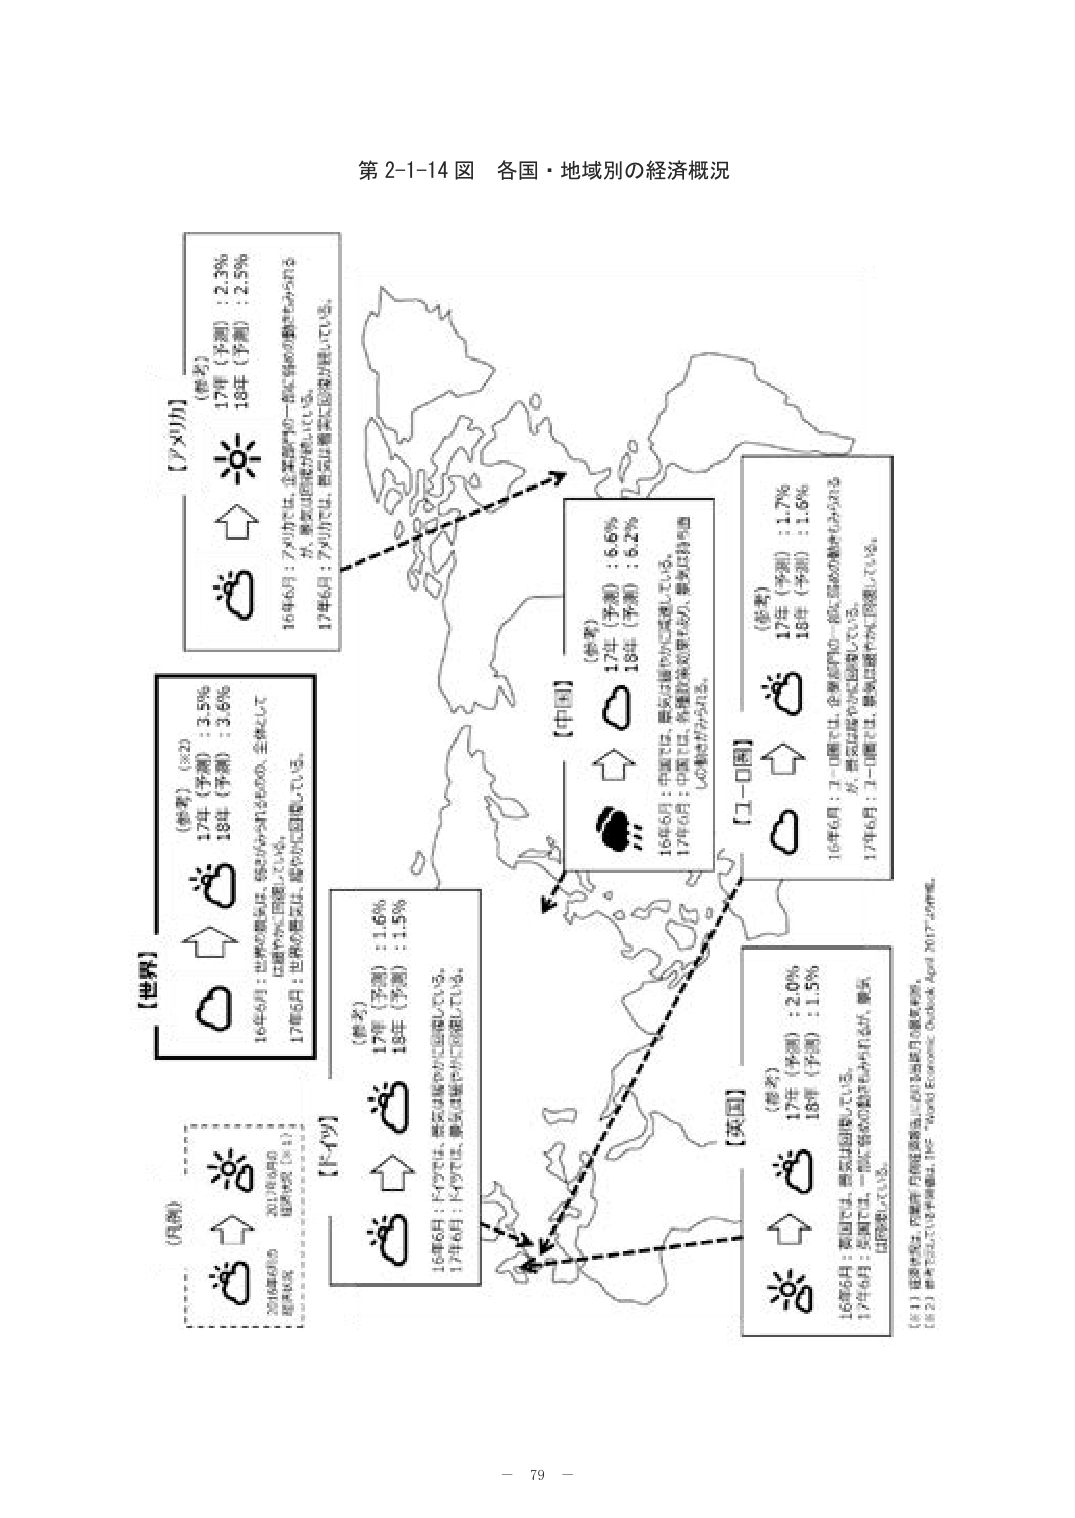
第2-1-14図 各国・地域別の経済概況

【アメリカ】
（参考）
17年（予測）：2.3％
18年（予測）：2.5％
16年6月：アメリカでは、企業部門や一般世帯の景気拡大がみられるが、景気は回復が続いている。
17年6月：アメリカでは、景気は順調に回復が続いている。

【世界】
（参考）（※2）
17年（予測）：3.5％
18年（予測）：3.6％
16年6月：世界の景気は、緩やかに拡大の動き、全体としては緩やかに回復している。
17年6月：世界の景気は、緩やかに回復している。

【ドイツ】
（参考）
17年（予測）：1.6％
18年（予測）：1.5％
16年6月：ドイツでは、景気は緩やかに回復している。
17年6月：ドイツでは、景気は緩やかに回復している。

【中国】
（参考）
17年（予測）：6.6％
18年（予測）：6.2％
16年6月：中国では、景気は緩やかに回復している。
17年6月：中国では、各種政策の効果により、景気は持ち直しの動きがみられる。

【ユーロ圏】
（参考）
17年（予測）：1.7％
18年（予測）：1.6％
16年6月：ユーロ圏では、企業部門や一般世帯の景気拡大がみられるが、景気は緩やかに回復している。
17年6月：ユーロ圏では、景気は緩やかに回復している。

【英国】
（参考）
17年（予測）：2.0％
18年（予測）：1.5％
16年6月：英国では、景気は回復している。
17年6月：英国では、一時的な景気の鈍化もみられるが、景気は回復している。

（凡例）
2017年6月時点
（参考）（※1）
2016年6月時点
（参考）

【注1】経済情勢は、内閣府「月例経済報告」および当該月の速報を参考。
【注2】世界のGDP成長率の資料は、IMF「World Economic Outlook April 2017」の資料。

－ 79 －